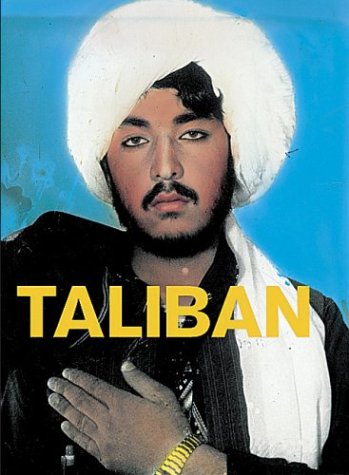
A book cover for Taliban; J. L. Anderson; Travel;